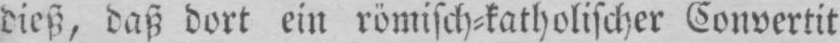
dieß, daß, dort ein römisch⸗katholischer Convertit